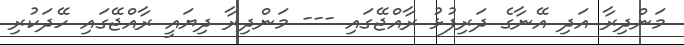
މަންދިރާ އަދި އޭނާގެ ދަރިފުޅު ރާއްޖޭގައި --- މަންދިރާ ދިޔައީ ރާއްޖޭގައި ހޭދަކުރި